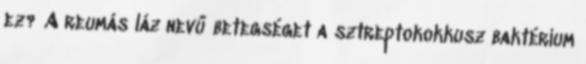
ez? A reumás láz nevű betegséget a sztreptokokkusz baktérium